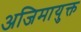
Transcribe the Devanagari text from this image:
अजिमायुक्त